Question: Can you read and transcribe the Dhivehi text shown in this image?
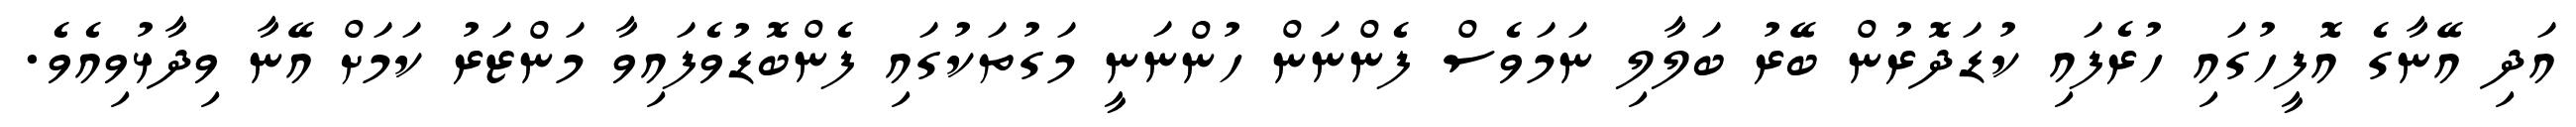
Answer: އަދި އޭނާގެ އޮފީހުގައި ހުރެފައި ކުޑަދޮރުން ބޭރު ބަލާލި ނަމަވެސް ފެންނަން ހުންނަނީ މަގުތަކުގައި ފެންބޮޑުވެފައިވާ މަންޒަރު ކަމަށް އޭނާ ވިދާޅުވިއެވެ.